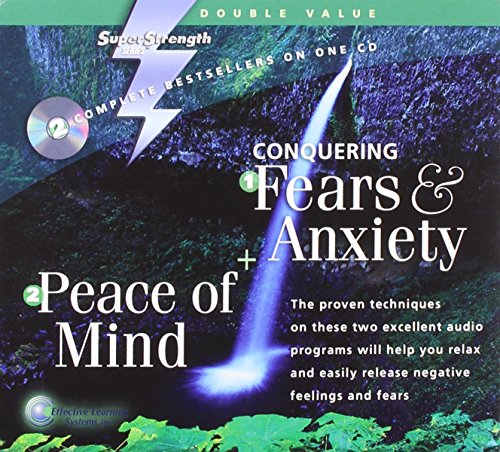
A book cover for Conquering Fears & Anxiety + Peace of Mind (Super Strength Series); Bob Griswold; Self-Help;